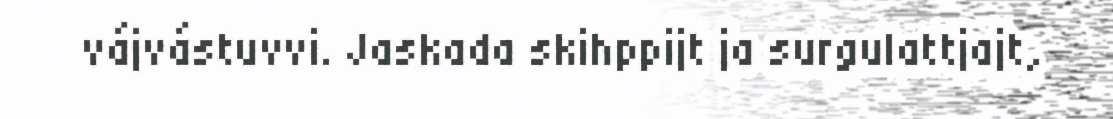
vájvástuvvi. Jaskada skihppijt ja surgulattjajt,